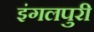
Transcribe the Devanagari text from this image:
इंगलपुरी